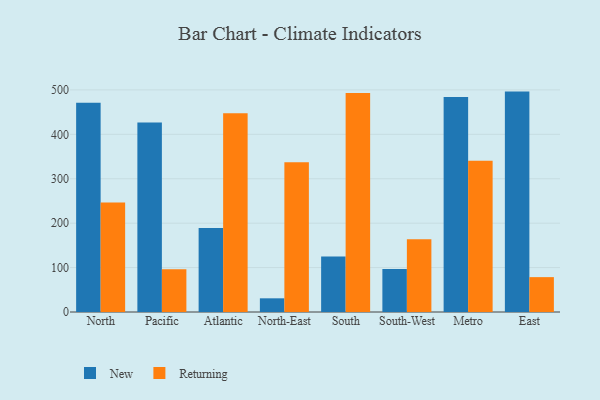
{"axis": {"x": "Region", "y": "Tickets Resolved"}, "legend": ["New", "Returning"], "data": [{"x": "North", "y": 471.3, "type": "New"}, {"x": "North", "y": 246.7, "type": "Returning"}, {"x": "Pacific", "y": 426.8, "type": "New"}, {"x": "Pacific", "y": 96.2, "type": "Returning"}, {"x": "Atlantic", "y": 189.0, "type": "New"}, {"x": "Atlantic", "y": 447.7, "type": "Returning"}, {"x": "North-East", "y": 30.8, "type": "New"}, {"x": "North-East", "y": 337.2, "type": "Returning"}, {"x": "South", "y": 125.0, "type": "New"}, {"x": "South", "y": 492.8, "type": "Returning"}, {"x": "South-West", "y": 96.6, "type": "New"}, {"x": "South-West", "y": 164.0, "type": "Returning"}, {"x": "Metro", "y": 484.0, "type": "New"}, {"x": "Metro", "y": 340.4, "type": "Returning"}, {"x": "East", "y": 496.2, "type": "New"}, {"x": "East", "y": 78.5, "type": "Returning"}]}